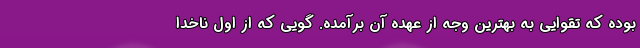
بوده که تقوايي به بهترين وجه از عهده آن برآمده. گويي که از اول ناخدا